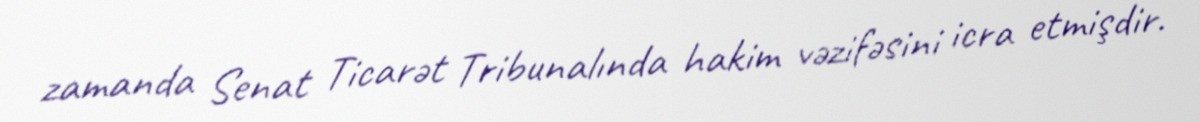
zamanda Senat Ticarət Tribunalında hakim vəzifəsini icra etmişdir.